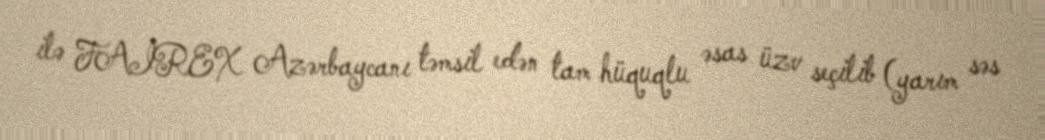
ilə FAİREX Azərbaycanı təmsil edən tam hüquqlu əsas üzv seçilib (yarım səs